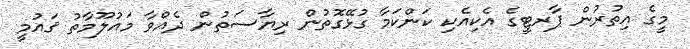
މީގެ އިތުރުން ޕާރޓީގެ އެކިއެކި ކަންކަމާ ގުޅޭގޮތުން ރިޔާސަތުން ދެއްވާ މައުލޫމާތު ޤައުމީ